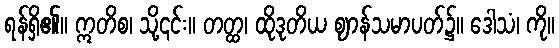
ရန်ရှိ၏။ ဣတိစ၊ သို့၎င်း။ တတ္ထ၊ ထိုဒုတိယ ဈာန်သမာပတ်၌။ ဒေါသံ၊ ကို။